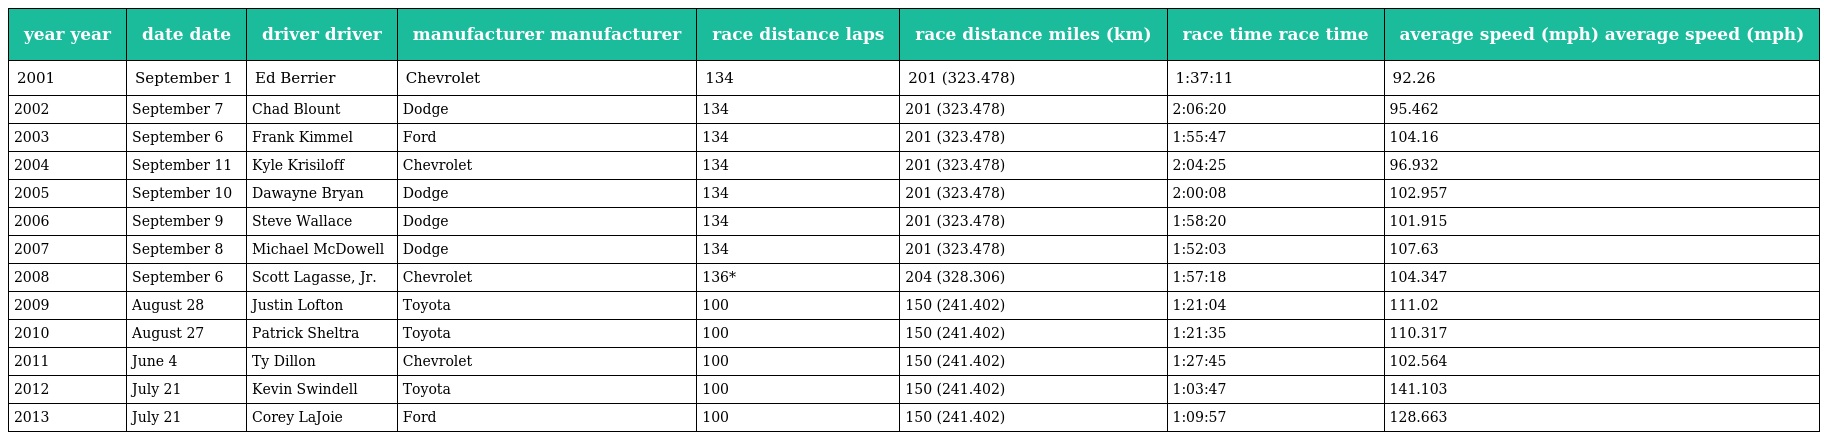
| year year | date date | driver driver | manufacturer manufacturer | race distance laps | race distance miles (km) | race time race time | average speed (mph) average speed (mph) |
 | --- | --- | --- | --- | --- | --- | --- | --- |
 | 2001 | September 1 | Ed Berrier | Chevrolet | 134 | 201 (323.478) | 1:37:11 | 92.26 |
 | 2002 | September 7 | Chad Blount | Dodge | 134 | 201 (323.478) | 2:06:20 | 95.462 |
 | 2003 | September 6 | Frank Kimmel | Ford | 134 | 201 (323.478) | 1:55:47 | 104.16 |
 | 2004 | September 11 | Kyle Krisiloff | Chevrolet | 134 | 201 (323.478) | 2:04:25 | 96.932 |
 | 2005 | September 10 | Dawayne Bryan | Dodge | 134 | 201 (323.478) | 2:00:08 | 102.957 |
 | 2006 | September 9 | Steve Wallace | Dodge | 134 | 201 (323.478) | 1:58:20 | 101.915 |
 | 2007 | September 8 | Michael McDowell | Dodge | 134 | 201 (323.478) | 1:52:03 | 107.63 |
 | 2008 | September 6 | Scott Lagasse, Jr. | Chevrolet | 136* | 204 (328.306) | 1:57:18 | 104.347 |
 | 2009 | August 28 | Justin Lofton | Toyota | 100 | 150 (241.402) | 1:21:04 | 111.02 |
 | 2010 | August 27 | Patrick Sheltra | Toyota | 100 | 150 (241.402) | 1:21:35 | 110.317 |
 | 2011 | June 4 | Ty Dillon | Chevrolet | 100 | 150 (241.402) | 1:27:45 | 102.564 |
 | 2012 | July 21 | Kevin Swindell | Toyota | 100 | 150 (241.402) | 1:03:47 | 141.103 |
 | 2013 | July 21 | Corey LaJoie | Ford | 100 | 150 (241.402) | 1:09:57 | 128.663 |